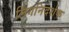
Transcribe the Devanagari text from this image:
लिंगनिदर्शक